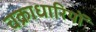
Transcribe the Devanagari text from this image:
चक्राधारियों